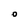
Character: O